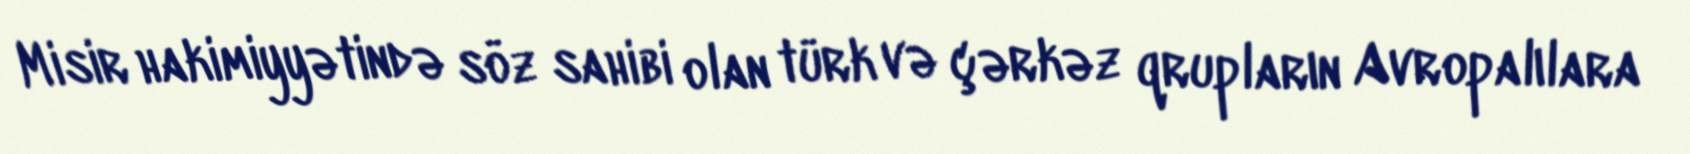
Misir hakimiyyətində söz sahibi olan türk və çərkəz qrupların Avropalılara